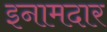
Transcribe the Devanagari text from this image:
इनामदार